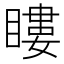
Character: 瞜